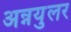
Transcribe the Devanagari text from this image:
अन्नयुलर